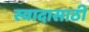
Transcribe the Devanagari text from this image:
स्वादासाठी